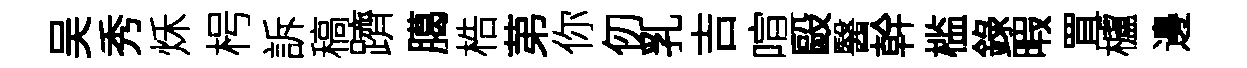
吴秀秌枵訴稿躋臈梏苐你仞乳吉喧毆醫幹槛錄暇罝櫨邊